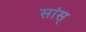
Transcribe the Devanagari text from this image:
सांस्